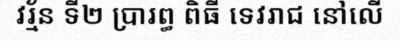
វរ្ម័ន ទី២ ប្រារព្ធ ពិធី ទេវរាជ នៅលើ